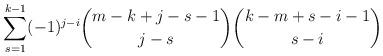
LaTeX: \begin{align*}\sum_{s=1}^{k-1}(-1)^{j-i}\binom{m-k+j-s-1}{j-s}\binom{k-m+s-i-1}{s-i}\end{align*}